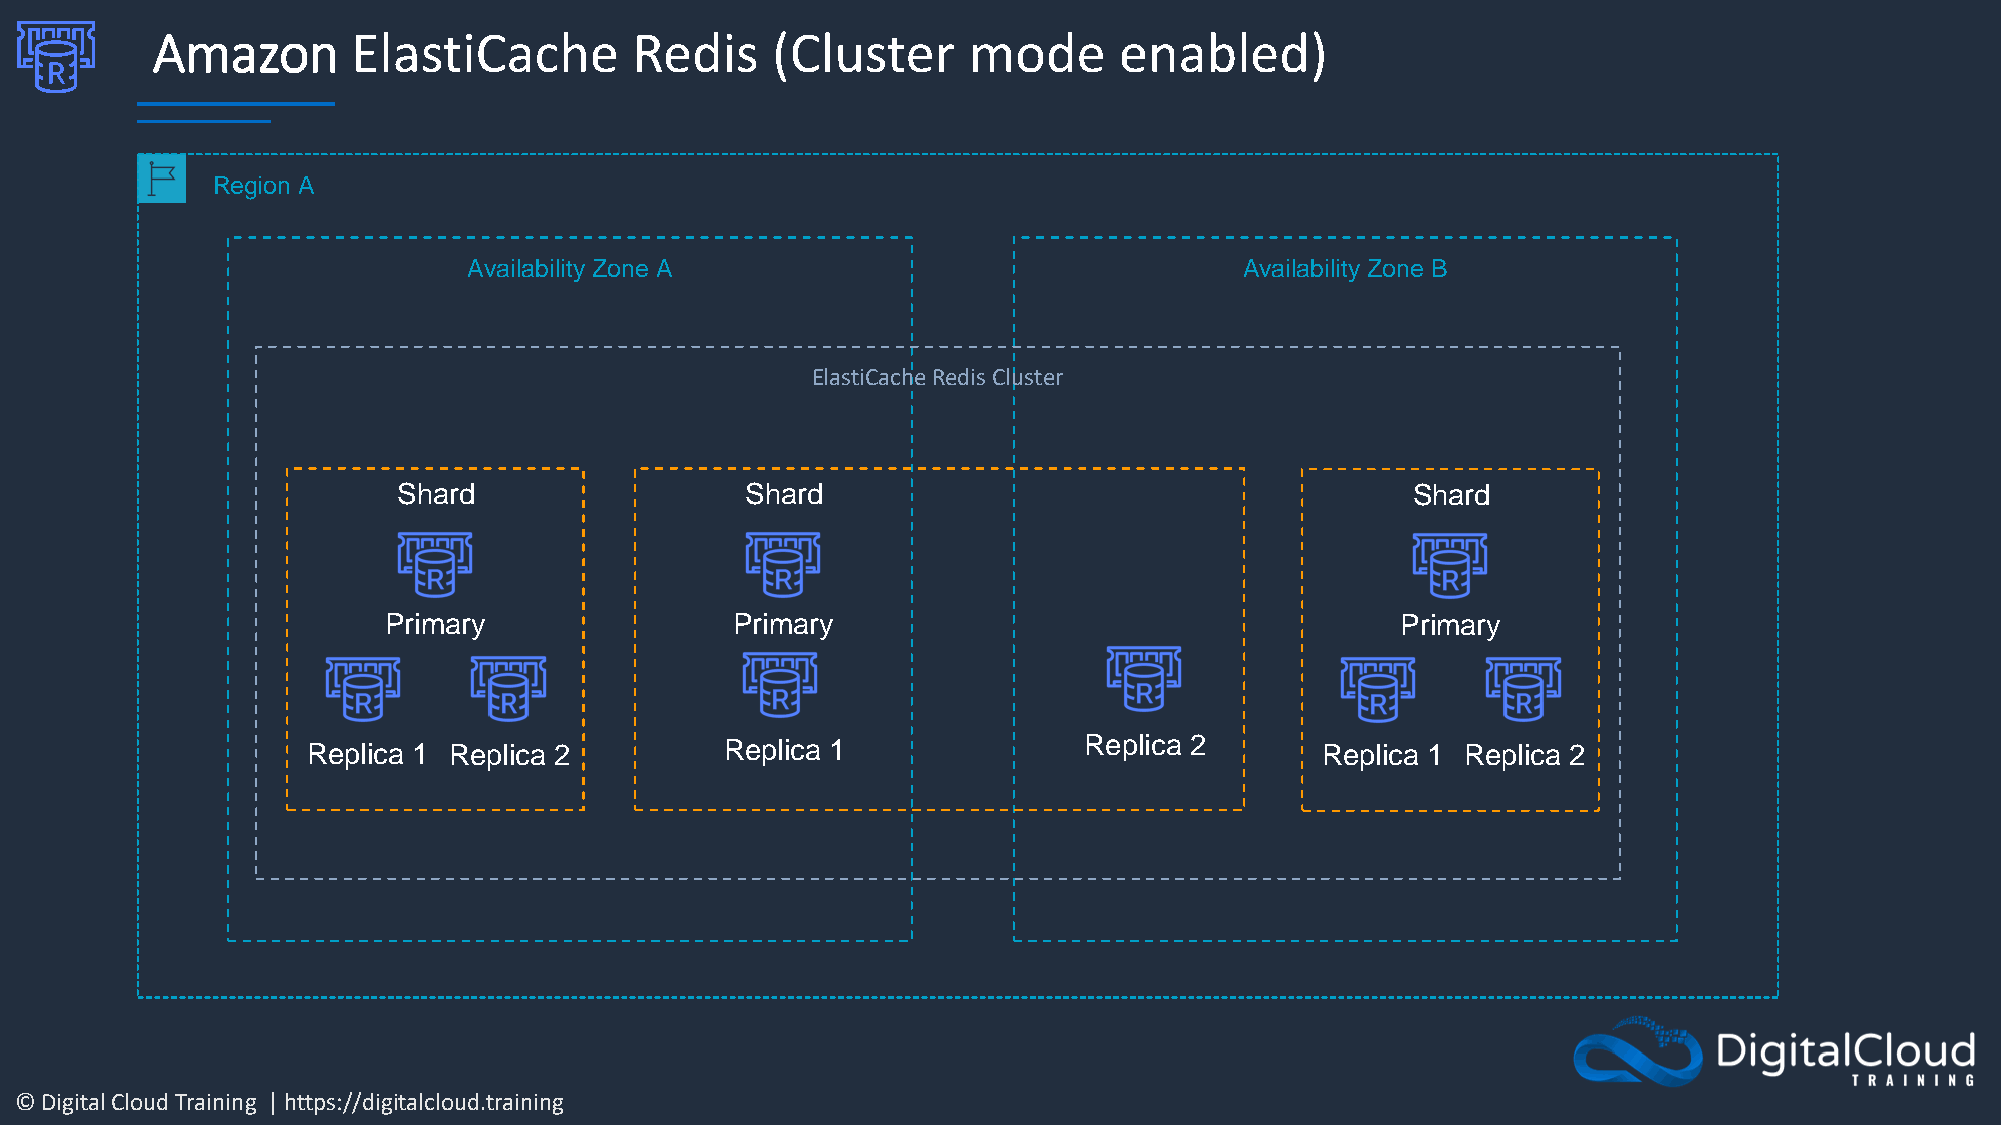
Amazon       ElastiCache        Redis    (Cluster     mode      enabled)
 Region A
 Availability Zone A                                Availability Zone B
 ElastiCache Redis Cluster
 Shard                  Shard                                       Shard
 Primary                Primary                                      Primary
 Replica 1 Replica 2         Replica 1               Replica 2      Replica 1 Replica 2
 © Digital Cloud Training | https://digitalcloud.training